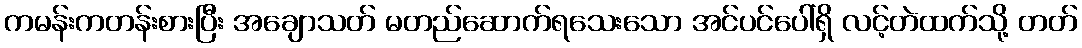
ကမန်းကတန်းစားပြီး အချောသတ် မတည်ဆောက်ရသေးသော အင်ပင်ပေါ်ရှိ လင့်တဲထက်သို့ တတ်